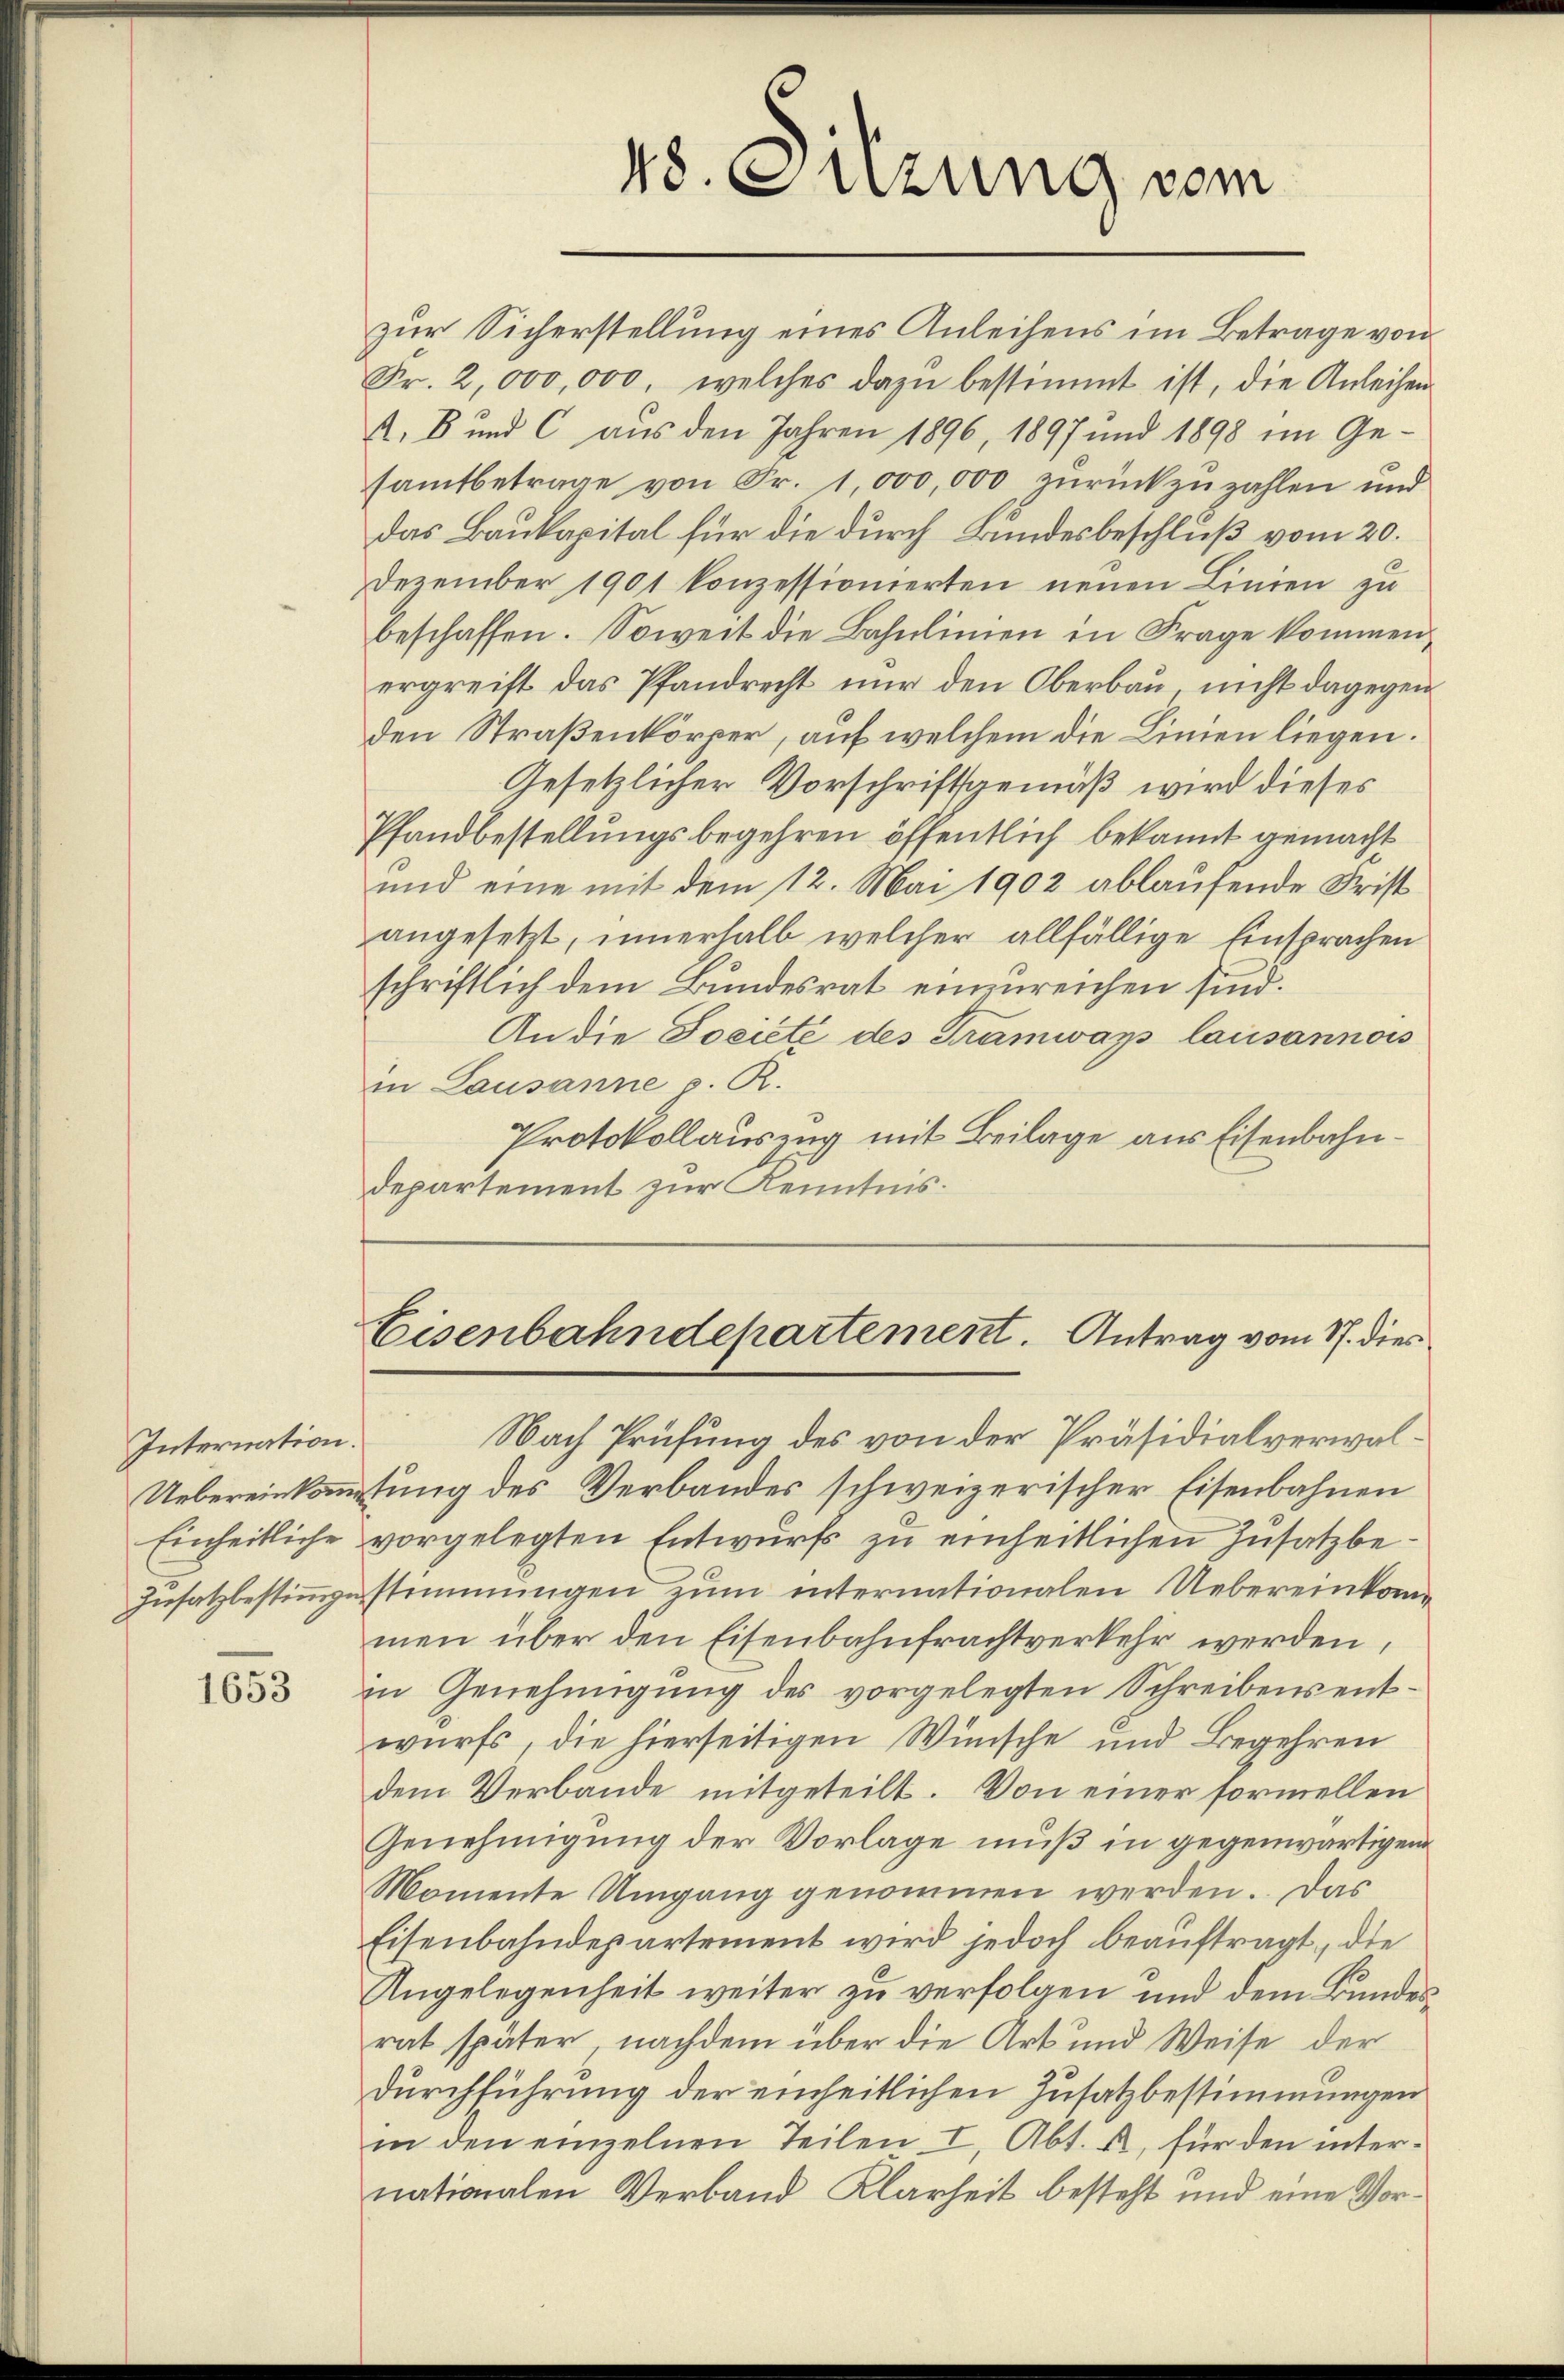
Internation.

1653

48. Sitzung vom

zur Sicherstellung eines Anleihens im Betrage von
Fr. 2,000,000, welches dazu bestimmt ist, die Anleihen
A, 8 und C aus den Jahren 1896, 1897 und 1898 im Gesamtbetrage von Fr. 1,000,000 zurückzuzahlen und
das Baukapital für die durch Bundesbeschluß vom 20.
Dezember 1901 konzessionierten neuen Linien zu
beschaffen. Soweit die Bahnlinien in Frage kommen
ergreift das Pfandrecht nur den Oberbau, nicht dagegen
den Straßenkörper, auf welchem die Linien liegen.
Gesetzlicher Vorschriftsgemäß wird dieses
Pfandbestellungsbegehren öffentlich bekannt gemacht
und eine mit dem 12. Mai 1902 ablaufende Frist
angesetzt, innerhalb welcher allfällige Einsprachen
schriftlich dem Bundesrat einzureichen sind.
An die Societe des Tramways lausannows
in Lausanne p. R.
Protokollauszug mit Beilage aus Eisenbahndepartement zur Kenntnis.

Eisenbahndepartement. Antrag vom 17. dies

Nach Prüfung des von der Präsidialverwal¬
Uebereinkamtung des Verbandes schweizerischer Eisenbahnen
Einheitliche vorgelegten Entwurfs zu einheitlichen Zusatzbe-
Insatz bestimmgestimmungen zum internationalen Uebereinkommen über den Eisenbahnfrachtverkehr werden,
in Genehmigung des vorgelegten Schreibensentwurfs, die hierseitigen Wünsche und Begehren
dem Verbände mitgeteilt. Von einer sormellen
Genehmigung der Vorlage muß in gegenwärtigen
Momente Umgang genommen werden. Das
Eisenbahndepartement wird jedoch beauftragt, die
Angelegenheit weiter zu verfolgen und dem Bundesrat später nachdem über die Art und Weise der
Durchführung der einheitlichen Zusatzbestimmungen
in den einzelnen Teilen I, Abt. u. für den inter-
nationalen Verband Klarheit besteht und eine Vor¬